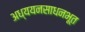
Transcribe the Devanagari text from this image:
अध्ययनसाधनभूत